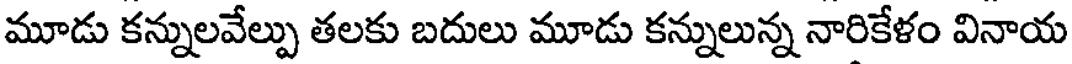
మూడు కన్నులవేల్పు తలకు బదులు మూడు కన్నులున్న నారికేళం వినాయ